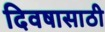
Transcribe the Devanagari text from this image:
दिवषासाठी